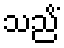
သညိံ